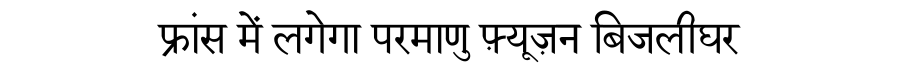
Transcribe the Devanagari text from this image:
फ्रांस में लगेगा परमाणु फ़्यूज़न बिजलीघर